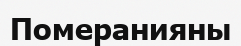
Померанияны